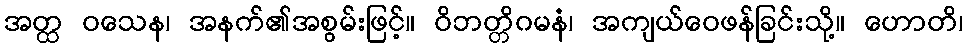
အတ္ထ ဝသေန၊ အနက်၏အစွမ်းဖြင့်။ ဝိဘတ္တိဂမနံ၊ အကျယ်ဝေဖန်ခြင်းသို့။ ဟောတိ၊